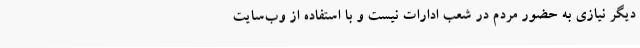
دیگر نیازی به حضور مردم در شعب ادارات نیست و با استفاده از وب‌سایت